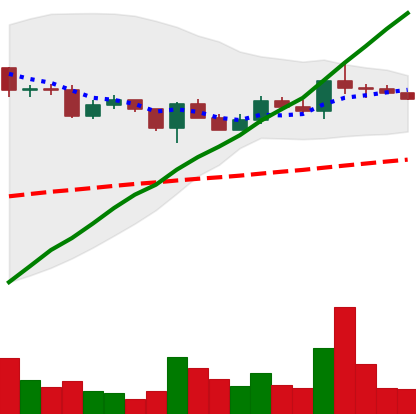
Ticker: XLM-USD
Chart end date: 2020-12-20
Forward return: -13.782%
Label: down_7plus